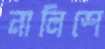
নালিশে